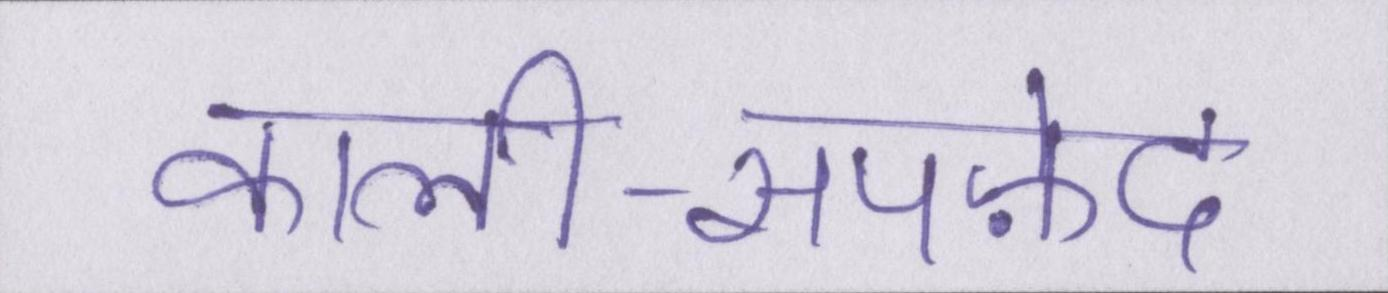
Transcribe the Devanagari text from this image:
काली-सपफ़ेद